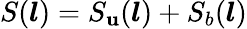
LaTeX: S(\boldsymbol{l})=S_{\mathbf{u}}(\boldsymbol{l})+S_{b}(\boldsymbol{l})